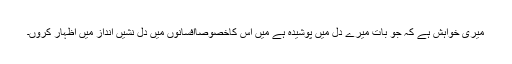
میری خواہش ہے کہ جو بات میرے دل میں پوشیدہ ہے میں اس کاخصوصاًافسانوں میں دل نشیں انداز میں اظہار کروں۔